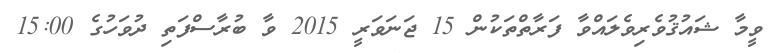
ވީމާ ޝައުޤުވެރިވެލައްވާ ފަރާތްތަކުން 15 ޖަނަވަރީ 2015 ވާ ބުރާސްފަތި ދުވަހުގެ 15:00